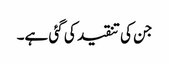
جن کی تنقید کی گئی ہے۔